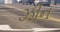
ઝીન